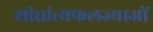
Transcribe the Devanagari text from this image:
शीघ्रांत्यफलज्याओं